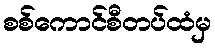
စစ်ကောင်စီတပ်ထံမှ